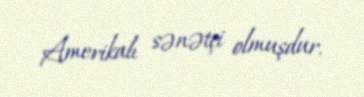
Amerikalı sənətçi olmuşdur.